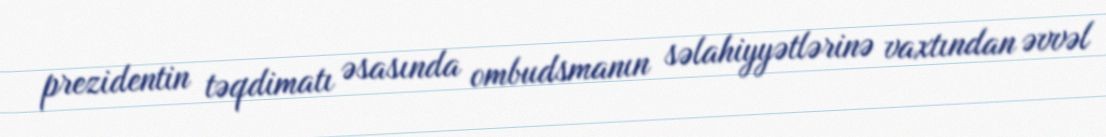
prezidentin təqdimatı əsasında ombudsmanın səlahiyyətlərinə vaxtından əvvəl